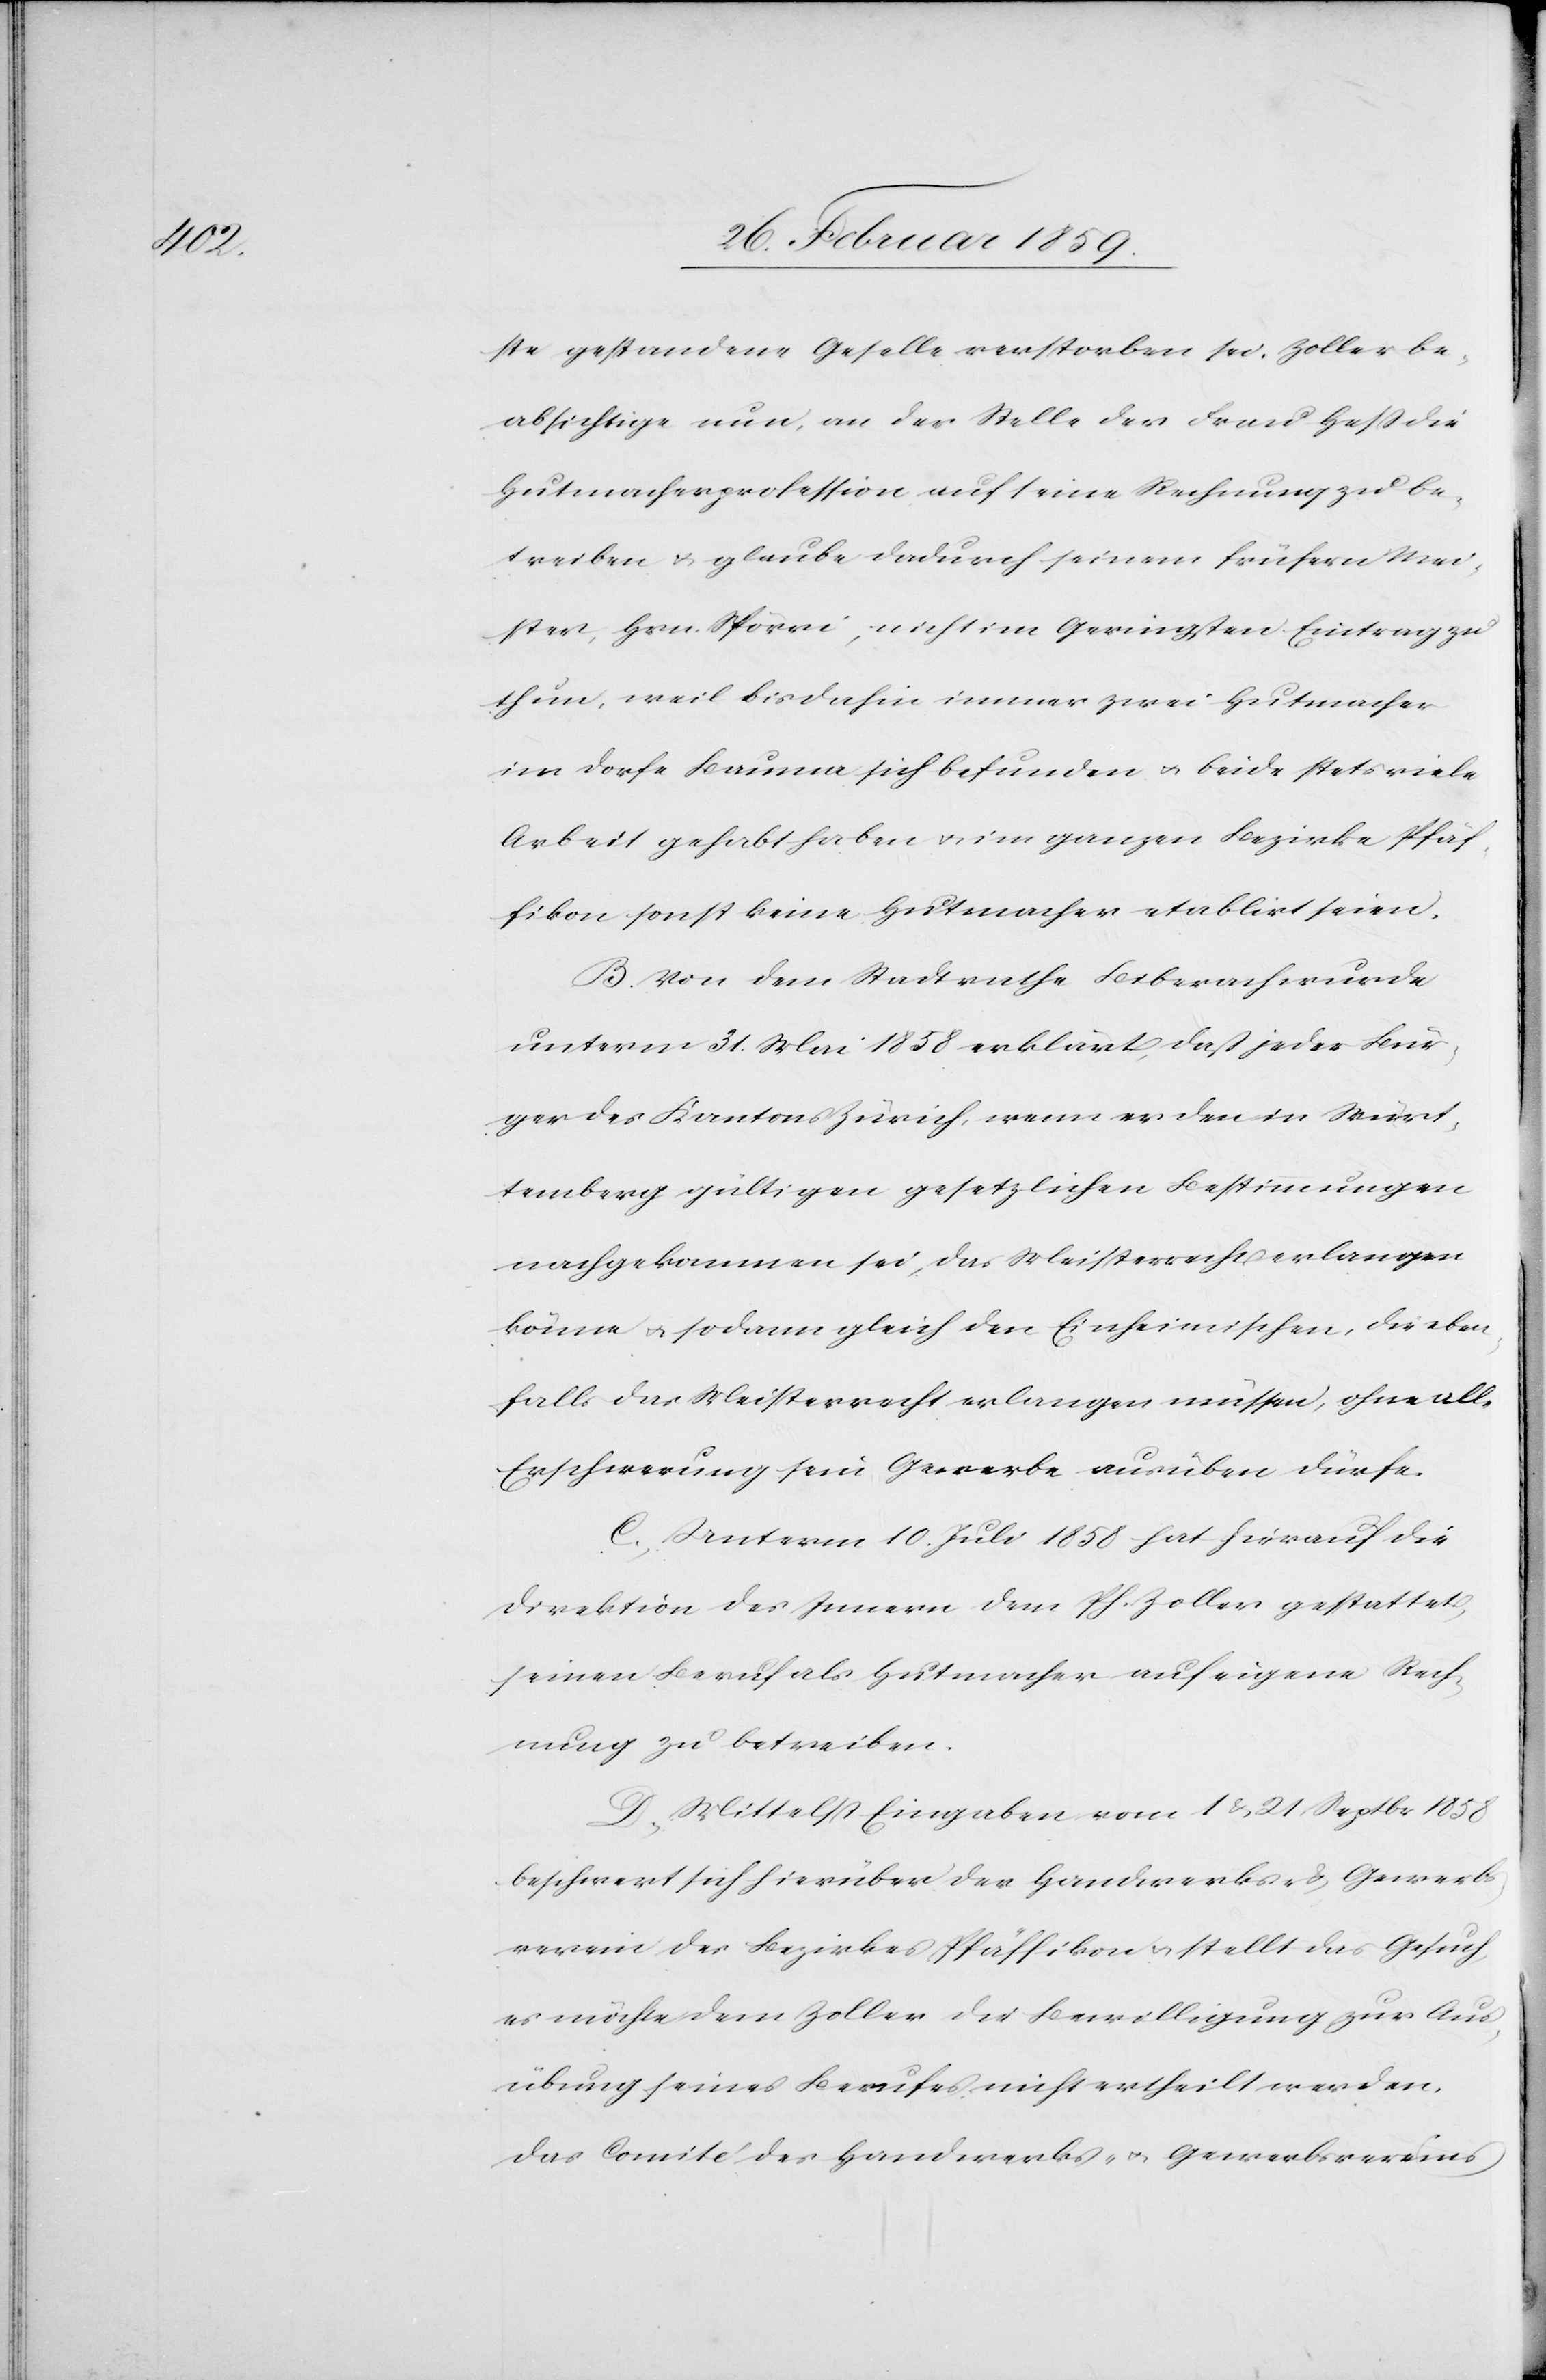
ste gestandene Geselle verstorben sei. Zoller be¬
absichtige nun, an der Stelle der Frau Heß die
Hutmacherprofession auf seine Rechnung zu be¬
treiben u. glaube dadurch seinem frühern Mei¬
ster, Hrn. Spörri, nicht im Geringsten Eintrag zu
thun, weil bis dahin immer zwei Hutmacher
im Dorfe Bauma sich befunden u. beide stets viele
Arbeit gehabt haben u. im ganzen Bezirke Pfäf¬
fikon sonst keine Hutmacher etablirt seien.
B. Von dem Stadtrathe Biberach wurde
unterm 31. Mai 1858 erklärt, daß jeder Bür¬
ger des Kantons Zürich, wenn er den in Würt¬
temberg gültigen gesetzlichen Bestimmungen
nachgekommen sei, das Meisterrecht erlangen
könne u. sodann gleich den Einheimischen, die eben¬
falls das Meisterrecht erlangen müssen, ohne alle
Erschwerung sein Gewerbe ausüben dürfe.
C. Unterm 10. Juli 1858 hat hierauf die
Direktion des Innern dem Ph. Zoller gestattet,
seinen Beruf als Hutmacher auf eigene Rech¬
nung zu betreiben.
D. Mittelst Eingaben vom 1 & 21 Septbr 1858
beschwert sich hierüber der Handwerks- & Gewerb¬
verein des Bezirkes Pfäffikon u. stellt das Gesuch,
es möchte dem Zoller die Bewilligung zur Aus¬
übung seines Berufes nicht ertheilt werden.
Das Comité des Handwerks- u. Gewerbsvereins